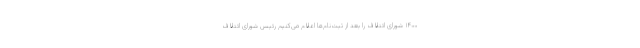
۱۴۰۰ شورای ائتلاف را بعد از ثبت‌نام‌ها اعلام می‌کنیم رئیس شورای ائتلاف